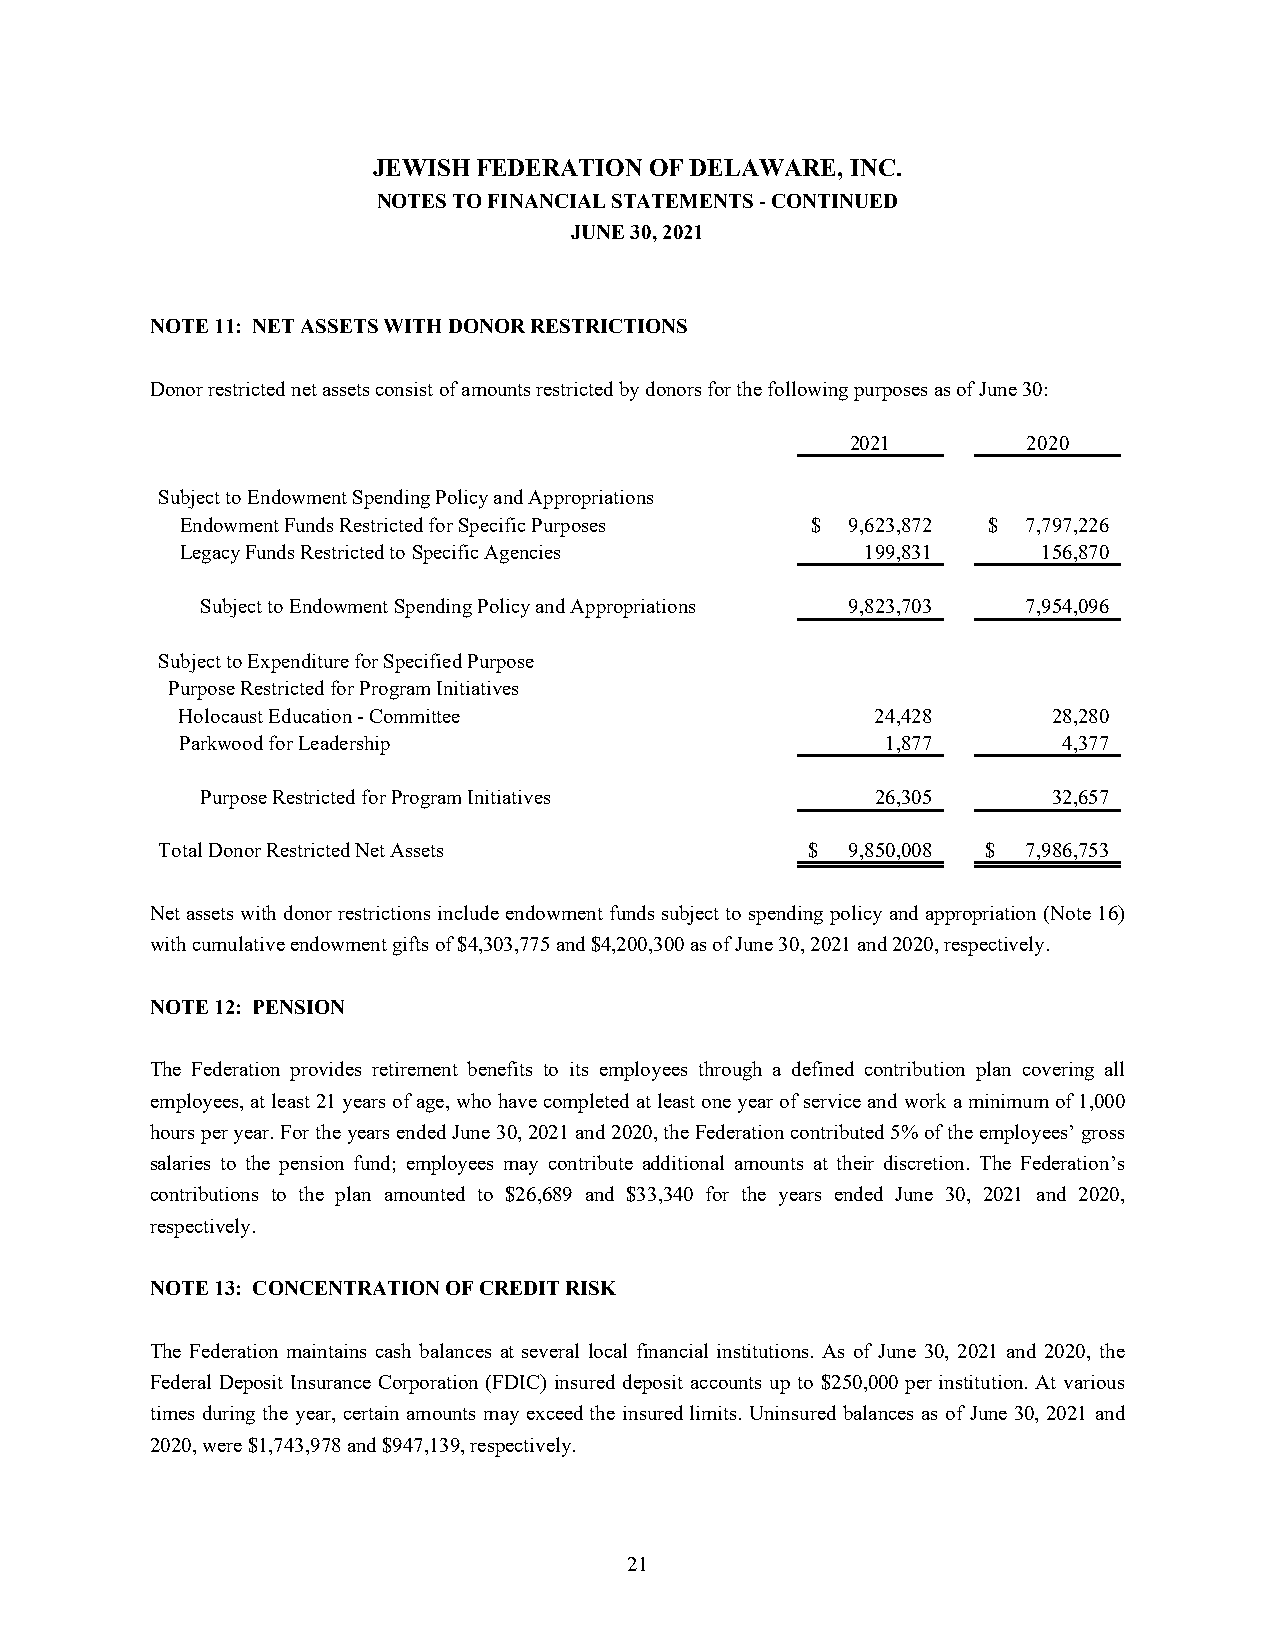
JEWISH FEDERATION OF DELAWARE, INC.
 NOTES TO FINANCIAL STATEMENTS - CONTINUED
 JUNE 30, 2021
 NOTE 11: NET ASSETS WITH DONOR RESTRICTIONS
 Donor restricted net assets consist of amounts restricted by donors for the following purposes as of June 30:
 2021        2020
 Subject to Endowment Spending Policy and Appropriations
 Endowment Funds Restricted for Specific Purposes $ 9,623,872 $ 7,797,226
 Legacy Funds Restricted to Specific Agencies 199,831     156,870
 Subject to Endowment Spending Policy and Appropriations 9,823,703 7,954,096
 Subject to Expenditure for Specified Purpose
 Purpose Restricted for Program Initiatives
 Holocaust Education - Committee               24,428      28,280
 Parkwood for Leadership                        1,877      4,377
 Purpose Restricted for Program Initiatives   26,305      32,657
 Total Donor Restricted Net Assets          $  9,850,008 $ 7,986,753
 Net assets with donor restrictions include endowment funds subject to spending policy and appropriation (Note 16)
 with cumulative endowment gifts of $4,303,775 and $4,200,300 as of June 30, 2021 and 2020, respectively.
 NOTE 12: PENSION
 The Federation provides retirement benefits to its employees through a defined contribution plan covering all
 employees, at least 21 years of age, who have completed at least one year of service and work a minimum of 1,000
 hours per year. For the years ended June 30, 2021 and 2020, the Federation contributed 5% of the employees’ gross
 salaries to the pension fund; employees may contribute additional amounts at their discretion. The Federation’s
 contributions to the plan amounted to $26,689 and $33,340 for the years ended June 30, 2021 and 2020,
 respectively.
 NOTE 13: CONCENTRATION OF CREDIT RISK
 The Federation maintains cash balances at several local financial institutions. As of June 30, 2021 and 2020, the
 Federal Deposit Insurance Corporation (FDIC) insured deposit accounts up to $250,000 per institution. At various
 times during the year, certain amounts may exceed the insured limits. Uninsured balances as of June 30, 2021 and
 2020, were $1,743,978 and $947,139, respectively.
 21